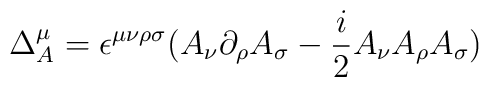
\Delta^\mu_A=\epsilon^{\mu\nu\rho\sigma}(A_\nu\partial_\rho A_\sigma-{i\over2}A_\nu A_\rho A_\sigma)